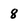
Character: 8